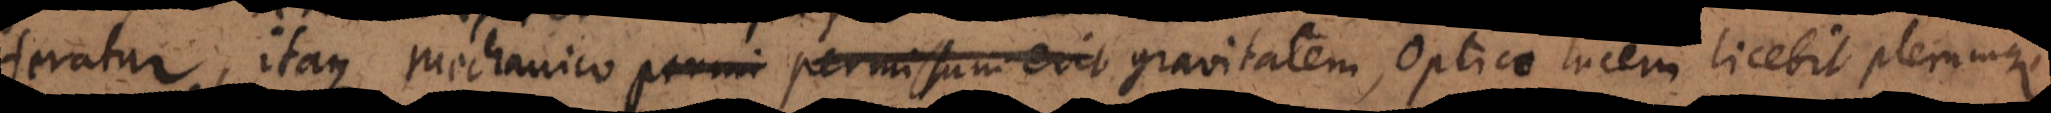
eratur, itaque mechanico permissum erit gravitatem gravitatem, Optico lucem licebit plerumqu